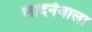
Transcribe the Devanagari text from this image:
लादनेवाला